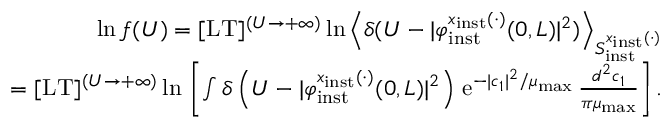
\begin{array} { r l r } & { } & { \ln f ( U ) = \lbrack \mathrm { L T } \rbrack ^ { ( U \to + \infty ) } \ln \left\langle \delta ( U - \vert \varphi _ { \mathrm { i n s t } } ^ { x _ { \mathrm { i n s t } } ( \cdot ) } ( 0 , L ) \vert ^ { 2 } ) \right\rangle _ { S _ { \mathrm { i n s t } } ^ { x _ { \mathrm { i n s t } } ( \cdot ) } } } \\ & { } & { = \lbrack \mathrm { L T } \rbrack ^ { ( U \to + \infty ) } \ln \, \left\lbrack \int \delta \left( U - \vert \varphi _ { \mathrm { i n s t } } ^ { x _ { \mathrm { i n s t } } ( \cdot ) } ( 0 , L ) \vert ^ { 2 } \right) \, \mathrm { e } ^ { - \vert c _ { 1 } \vert ^ { 2 } / \mu _ { \mathrm { m a x } } } \, \frac { d ^ { 2 } c _ { 1 } } { \pi \mu _ { \mathrm { m a x } } } \right\rbrack . } \end{array}